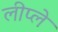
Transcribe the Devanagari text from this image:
लीप्ले